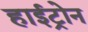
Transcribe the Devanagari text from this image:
हाईट्रोन